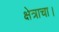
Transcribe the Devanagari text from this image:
क्षेत्राचा।